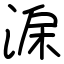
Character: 淭